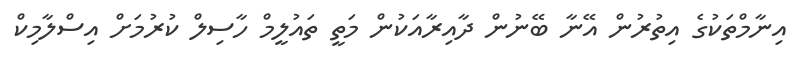
އިނާމްތަކުގެ އިތުރުން އޭނާ ބޭނުން ދާއިރާއަކުން މަތީ ތައުލީމް ހާސިލް ކުރުމަށް އިސްލާމިކް